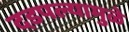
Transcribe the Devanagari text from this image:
दडपल्यामुळे